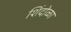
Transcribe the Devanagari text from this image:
शिंदोळा